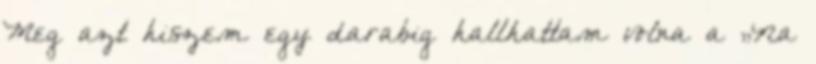
Meg azt hiszem egy darabig hallhattam volna a „Na